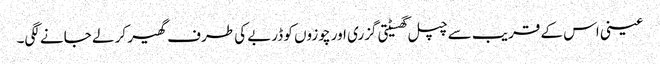
عینی اس کے قریب سے چپل گھسیٹتی گزری اور چوزوں کو ڈربے کی طرف گھیر کر لے جانے لگی۔